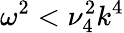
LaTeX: \omega^{2}<\nu_{4}^{2}k^{4}